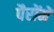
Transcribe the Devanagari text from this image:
पैरोंमें